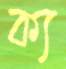
ক্য